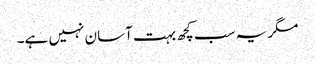
مگر یہ سب کچھ بہت آسان نہیں ہے۔